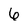
Character: 6